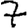
Digit: 7